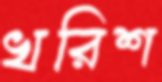
খরিশ